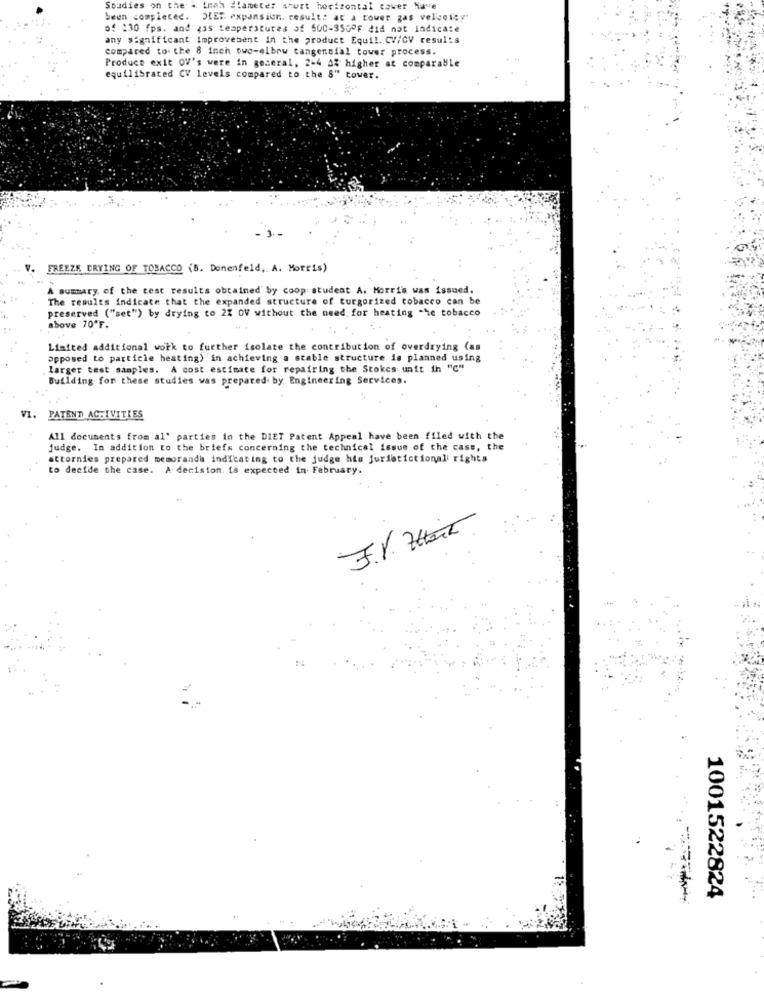
Soudies on the . irah Slameter short horizontal tower Nave
been completed. DET expansion. result: at a tower gas vel'voley"
of :30 fps. and zas temperatures af 500-350PF did not Indicate
any significant Improvement in the product Equil. CV/CV results
compared to- the 8 inch owo-elbow tangencial tower process.
Product exit OV's were in general, 2-4 4% higher at comparable
equilibrated CV levels compared to the 8" tower.
FREEZE DRYING OF TOBACCO (B. Denenfeld, A. Morris)
A summary of the test results obtained by coop student A. Morris was issued.
The results indicate that the expanded structure of turgorized cobacco can be
preserved ("set") by drying to 22 OV without the need for heating -he tobacco
above 70'F.
Liaited additional work to further isolate the contribution of overdrying (as
opposed to particle heating) in achieving a stable structure is planned using
larger test samples. A cost estimate for repairing the Stokes unit ih "C"
Building for these studies was prepared by Engineering Services.
VI.
PATENT ACTIVITIES
All documents from al' parties in the DIET Patent Appeal have been filed with the
judge. In addition to the briefs concerning the technical issue of the case, the
attornies prepared memoranda indicating to the judge his juristictionall rights
to decide the case. A decision is expected in February.
F.V. 7
1001522824